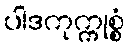
ပါဒကုက္ကုစ္စံ